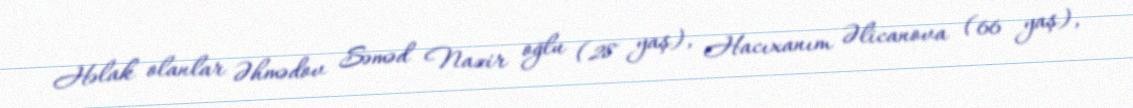
Həlak olanlar Əhmədov Səməd Nazir oğlu (28 yaş), Hacıxanım Əlicanova (66 yaş),